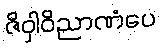
ဇိဝှါဝိညာဏံပေ